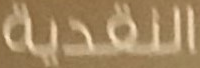
النقدية